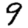
Digit: 9